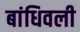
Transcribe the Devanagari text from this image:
बांधिवली